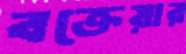
বক্তেয়ার